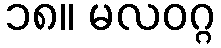
၁၈။ မလဝဂ္ဂ